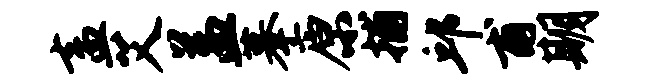
盍艾益摹原捕邱甫期